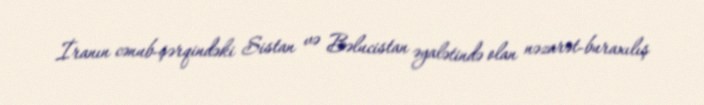
İranın cənub-şərqindəki Sistan və Bəlucistan əyalətində olan nəzarət-buraxılış